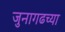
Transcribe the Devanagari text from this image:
जुनागढच्या